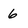
Character: 6